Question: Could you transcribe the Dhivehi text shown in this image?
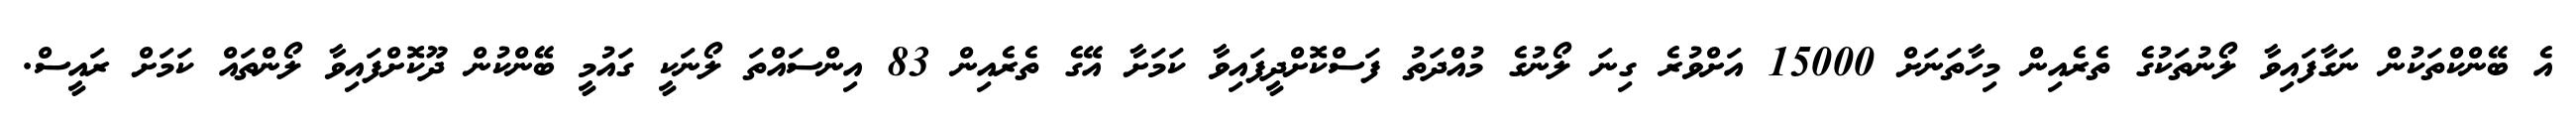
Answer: އެ ބޭންކްތަކުން ނަގާފައިވާ ލޯނުތަކުގެ ތެރެއިން މިހާތަނަށް 15000 އަށްވުރެ ގިނަ ލޯނުގެ މުއްދަތު ފަސްކޮށްދީފައިވާ ކަމަށާ އޭގެ ތެރެއިން 83 އިންސައްތަ ލޯނަކީ ގައުމީ ބޭންކުން ދޫކޮށްފައިވާ ލޯންތައް ކަމަށް ރައީސް.